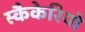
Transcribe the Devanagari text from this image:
स्कैकेरियो